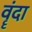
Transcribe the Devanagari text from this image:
वॄंदा